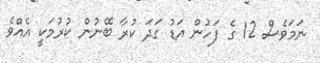
ނަމަވެސް 12 ގެ ފަހުން އަޑު ގަދަ ކުރާ ބޭނުން ކުރުމަކީ އެއްވެ